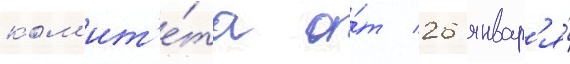
ком'ит'е́та о́т 26 январ'я́